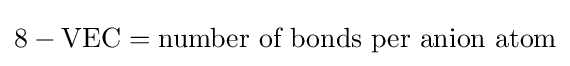
8-{\text{VEC}}={\text{number of bonds per anion atom}}